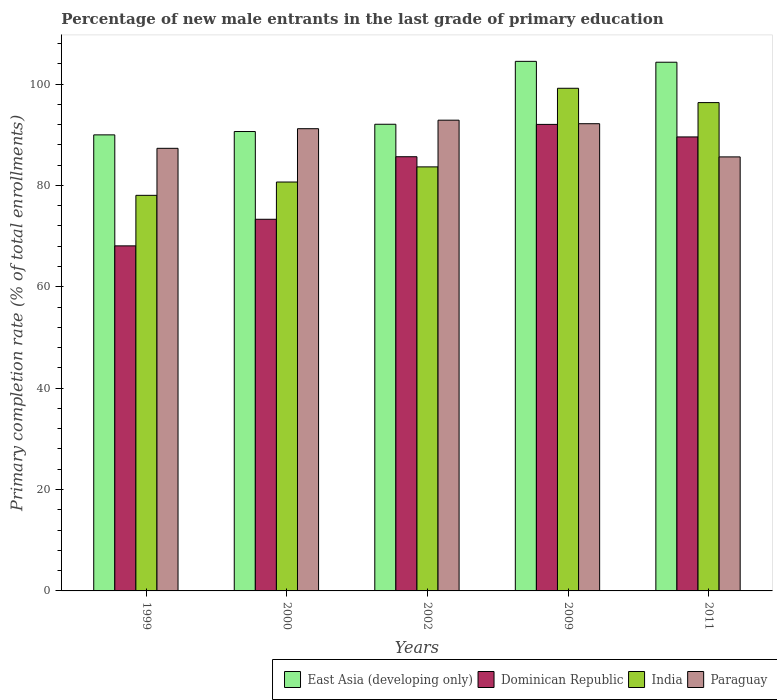
| Years | East Asia (developing only) | Dominican Republic | India | Paraguay |
 | --- | --- | --- | --- | --- |
 | 1999 | 90 | 68.1 | 78 | 87.3 |
 | 2000 | 90.6 | 73.3 | 80.7 | 91.2 |
 | 2002 | 92.1 | 85.7 | 83.7 | 92.9 |
 | 2009 | 104 | 92 | 99.2 | 92.2 |
 | 2011 | 104 | 89.6 | 96.3 | 85.6 |